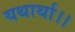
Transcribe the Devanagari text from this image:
यथार्था।।